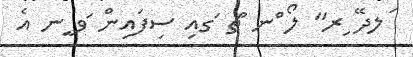
ަލދޭ ިރ" ލޯ ްނ ުޗ ަގއި ސިފައިން ަވ ީނ އެ